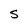
Character: S